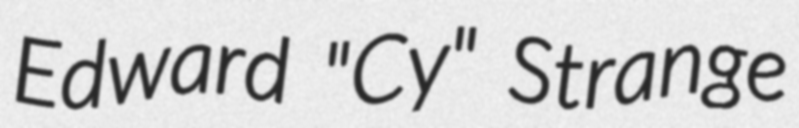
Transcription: Edward "Cy" Strange